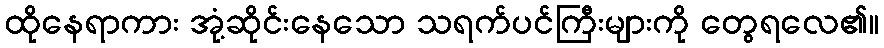
ထိုနေရာကား အုံ့ဆိုင်းနေသော သရက်ပင်ကြီးများကို တွေရလေ၏။